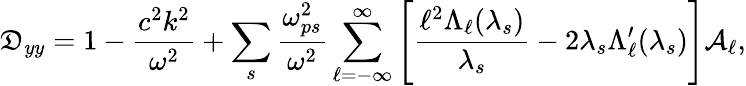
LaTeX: \mathfrak{D}_{yy}=1-\frac{{c^{2}k^{2}}}{{\omega^{2}}}+\sum_{s}\frac{{\omega_{ps}^{2}}}{{\omega^{2}}}\sum_{\ell=-\infty}^{\infty}\Bigg[\frac{{\ell^{2}\Lambda_{\ell}(\lambda_{s})}}{{\lambda_{s}}}-2\lambda_{s}\Lambda_{\ell}^{\prime}(\lambda_{s})\Bigg]\mathcal{{A}}_{\ell},